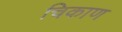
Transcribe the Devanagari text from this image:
चिकाण